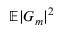
\mathbb { E } | G _ { m } | ^ { 2 }